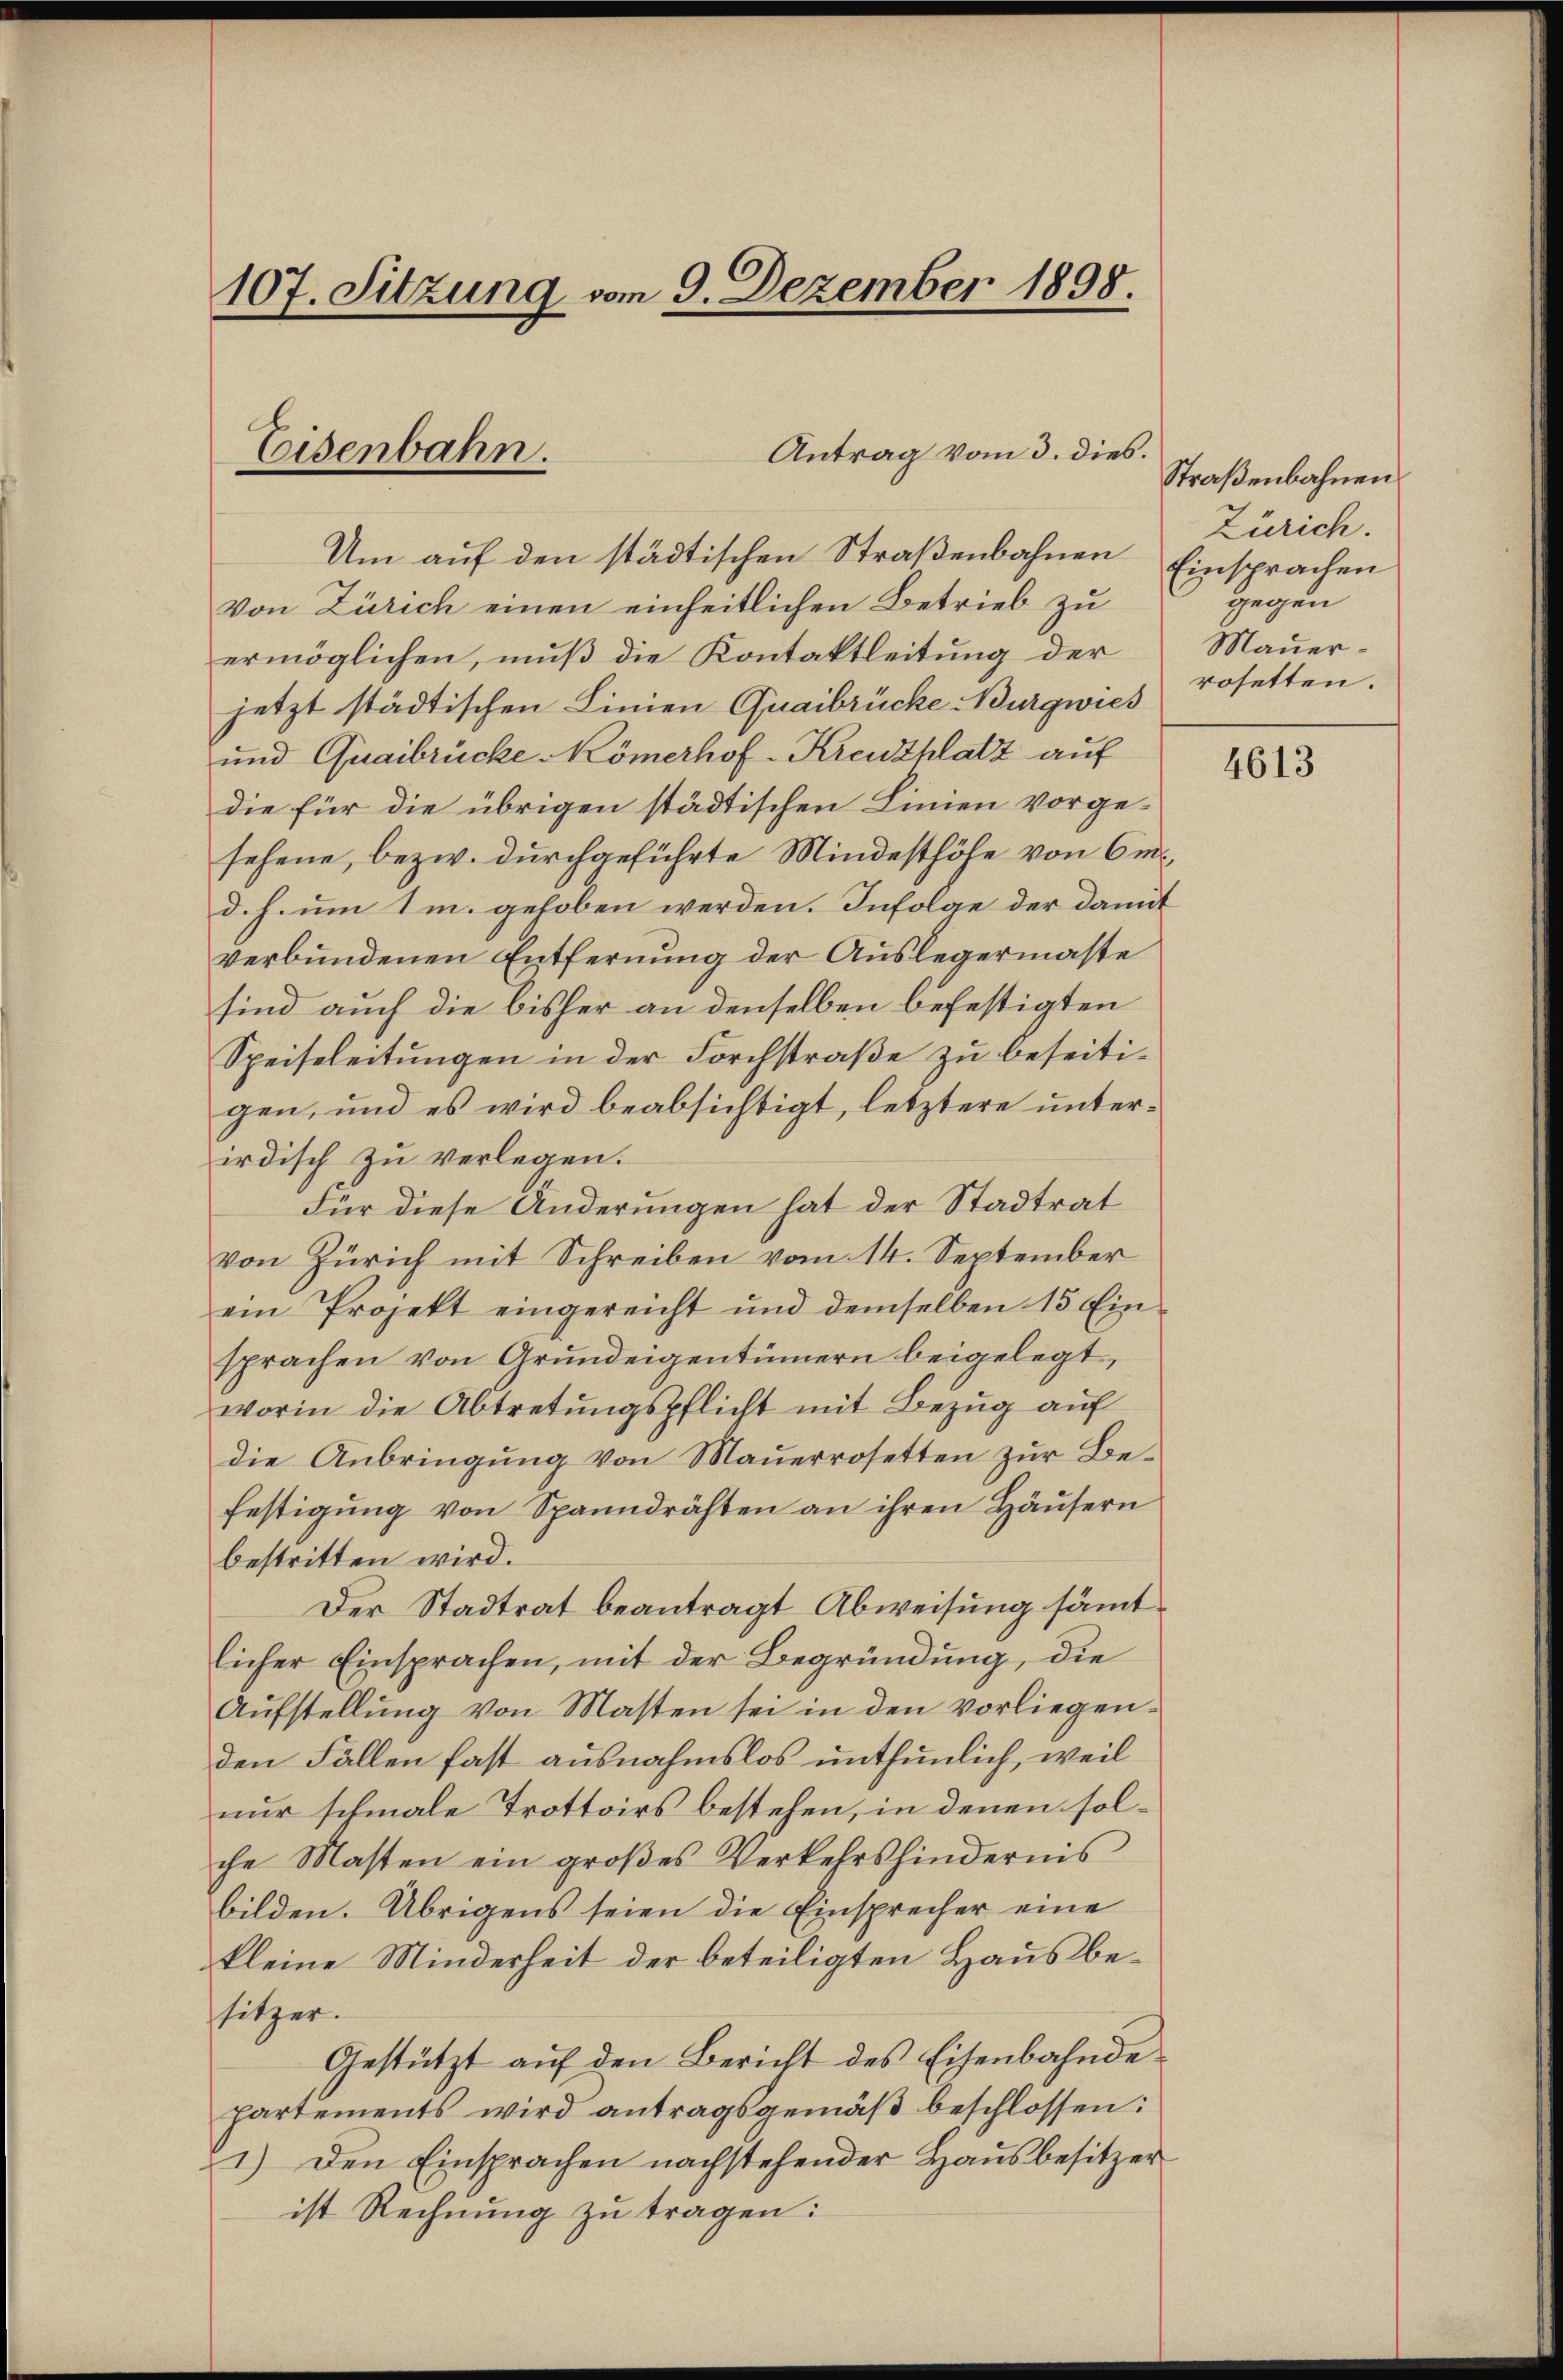
107. Sitzung vom 9. Dezember 1898.

Um auf den städtischen Straßenbahnen Einsprachen
Von Zürich einen einheitlichen Betrieb zu
ermöglichen, muß die Kontaktleitung der
jetzt städtischen Linien Quaibrücke Burgwies
und Quaibrücke Römerhof-Kreuzhlatz auf
die für die übrigen städtischen Linien vorge-
sehene, bezw. durchgeführte Mindesthöhe von Cid. h. um 1m. gehoben werden. Infolge der damit
verbundenen Entfernung der Auslegermaste
sind auch die bisher an denselben befestigten
Speiseleitungen in der Forchstraße zu beseitigen, und es wird beabsichtigt, letztere unterirdisch zu verlegen.
Für diese Änderungen hat der Stadtrat
von Zürich mit Schreiben vom 14. September
ein Projekt eingereicht und demselben 15 Einsprachen von Grundeigentümern beigelegt,
worin die Abtretungspflicht mit Bezug auf
die Anbringŭng von Mauerrosetten zŭr Be-
festigung von Spanndrähten an ihren Häusern
bestritten wird.
Der Stadtrat beantragt Abweisung sämmtlicher Einsprachen, mit der Begründung, die
Aŭfstellŭng von Masten sei in den vorliegenden Fällen fast ausnahmslos unthunlich, weil
nur schmale Trottoirs bestehen, in denen solche Masten ein groβes Verkehrshindernis
bilden. Übrigens seien die Einsprecher eine
kleine Minderheit der beteiligten Haus besitzer.
Gestützt auf den Bericht des Eisenbahndepartements wird antragsgemäß beschlossen:
1.) Den Einsprachen nachstehender Hausbesitzer
ist Rechnung zu tragen:

Antrag vom 3. dies.
Eisenbahn.

Straßenbahnen.
Zürich.
gegen
Mauerrosetten.

4613